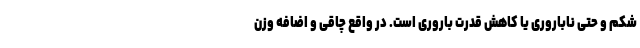
شکم و حتی ناباروری یا کاهش قدرت باروری است. در واقع چاقی و اضافه وزن